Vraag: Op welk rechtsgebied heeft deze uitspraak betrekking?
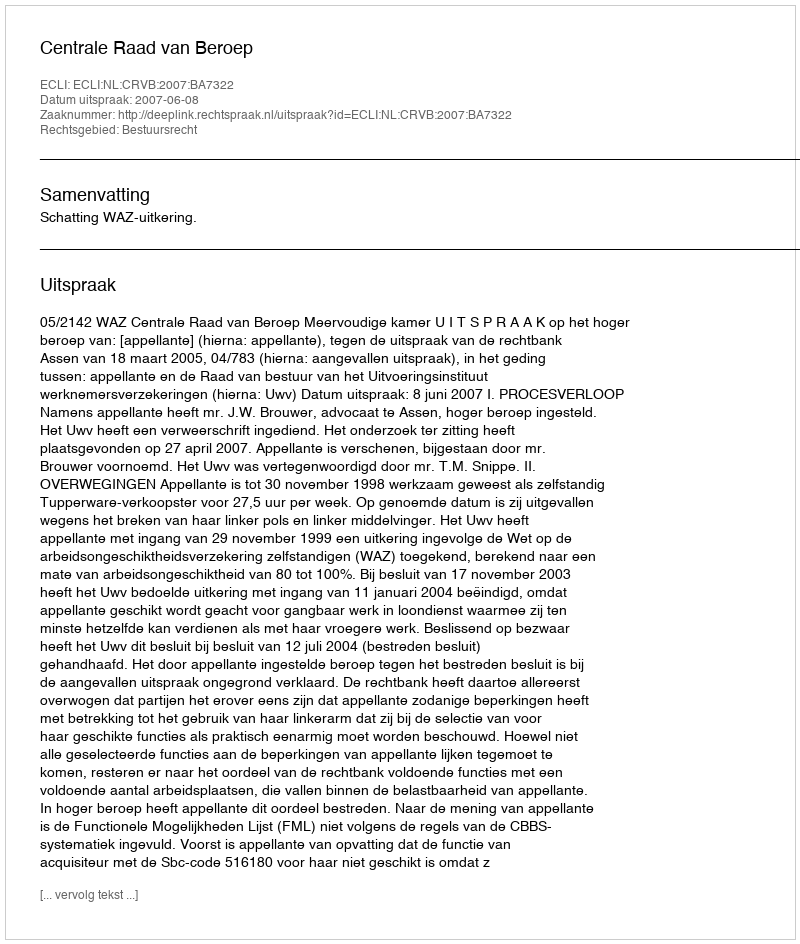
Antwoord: Bestuursrecht